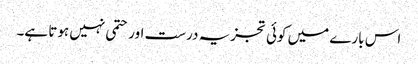
اس بارے میں کوئی تجزیہ درست اور حتمی نہیں ہوتا ہے۔